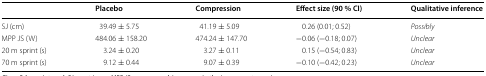
<table><thead><tr><td></td><td><b>Placebo</b></td><td><b>Compression</b></td><td><b>Effect size (90 % CI)</b></td><td><b>Qualitative inference</b></td></tr></thead><tbody><tr><td>SJ (cm)</td><td>39.49 ± 5.75</td><td>41.19 ± 5.09</td><td>0.26 (0.01; 0.52)</td><td><i>Possibly</i></td></tr><tr><td>MPP JS (W)</td><td>484.06 ± 158.20</td><td>474.24 ± 147.70</td><td>−0.06 (−0.18; 0.07)</td><td><i>Unclear</i></td></tr><tr><td>20 m sprint (s)</td><td>3.24 ± 0.20</td><td>3.27 ± 0.11</td><td>0.15 (−0.54; 0.83)</td><td><i>Unclear</i></td></tr><tr><td>70 m sprint (s)</td><td>9.12 ± 0.44</td><td>9.07 ± 0.39</td><td>−0.10 (−0.42; 0.23)</td><td><i>Unclear</i></td></tr></tbody></table>